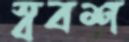
স্ববশ